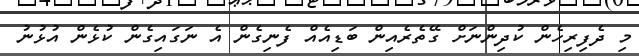
މި ދެފިރިހެން ކުދިންނަށް ގޭތެރެއިން ބަޑިއެއް ފެނިގެން އެ ނަގައިގެން ކުޅެން އުޅުނު